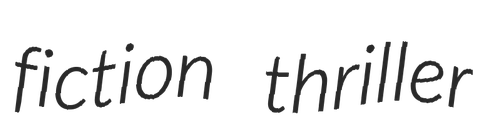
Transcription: fiction thriller